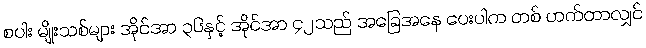
စပါး မျိုးသစ်များ အိုင်အာ ၃၆နှင့် အိုင်အာ ၄၂သည် အခြေအနေ ပေးပါက တစ် ဟက်တာလျှင်